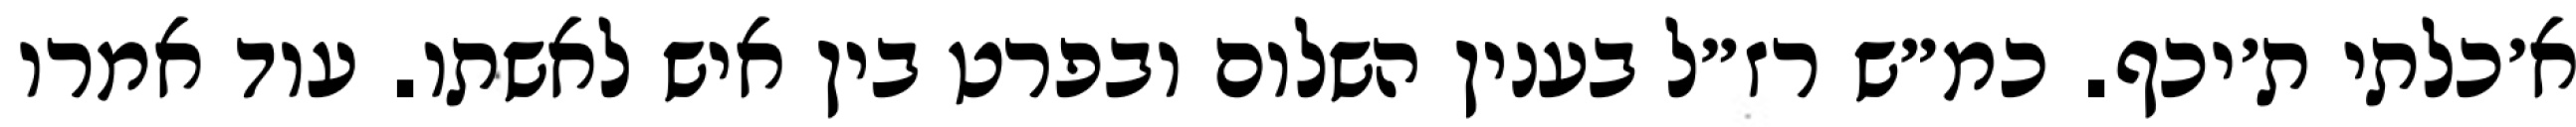
א׳כלתי ת׳יכף. כמ״ש רז״ל בענין השלום ובפרט בין איש לאשתו. עוד אמרו